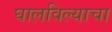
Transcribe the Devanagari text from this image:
घालविल्याचा